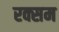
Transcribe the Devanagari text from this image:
रक्सम